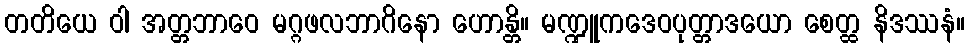
တတိယေ ဝါ အတ္တဘာဝေ မဂ္ဂဖလဘာဂိနော ဟောန္တိ။ မဏ္ဍူကဒေဝပုတ္တာဒယော စေတ္ထ နိဒဿနံ။